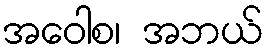
အဝေါစ၊ အဘယ်